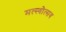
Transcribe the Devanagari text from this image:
मत्स्योत्सव